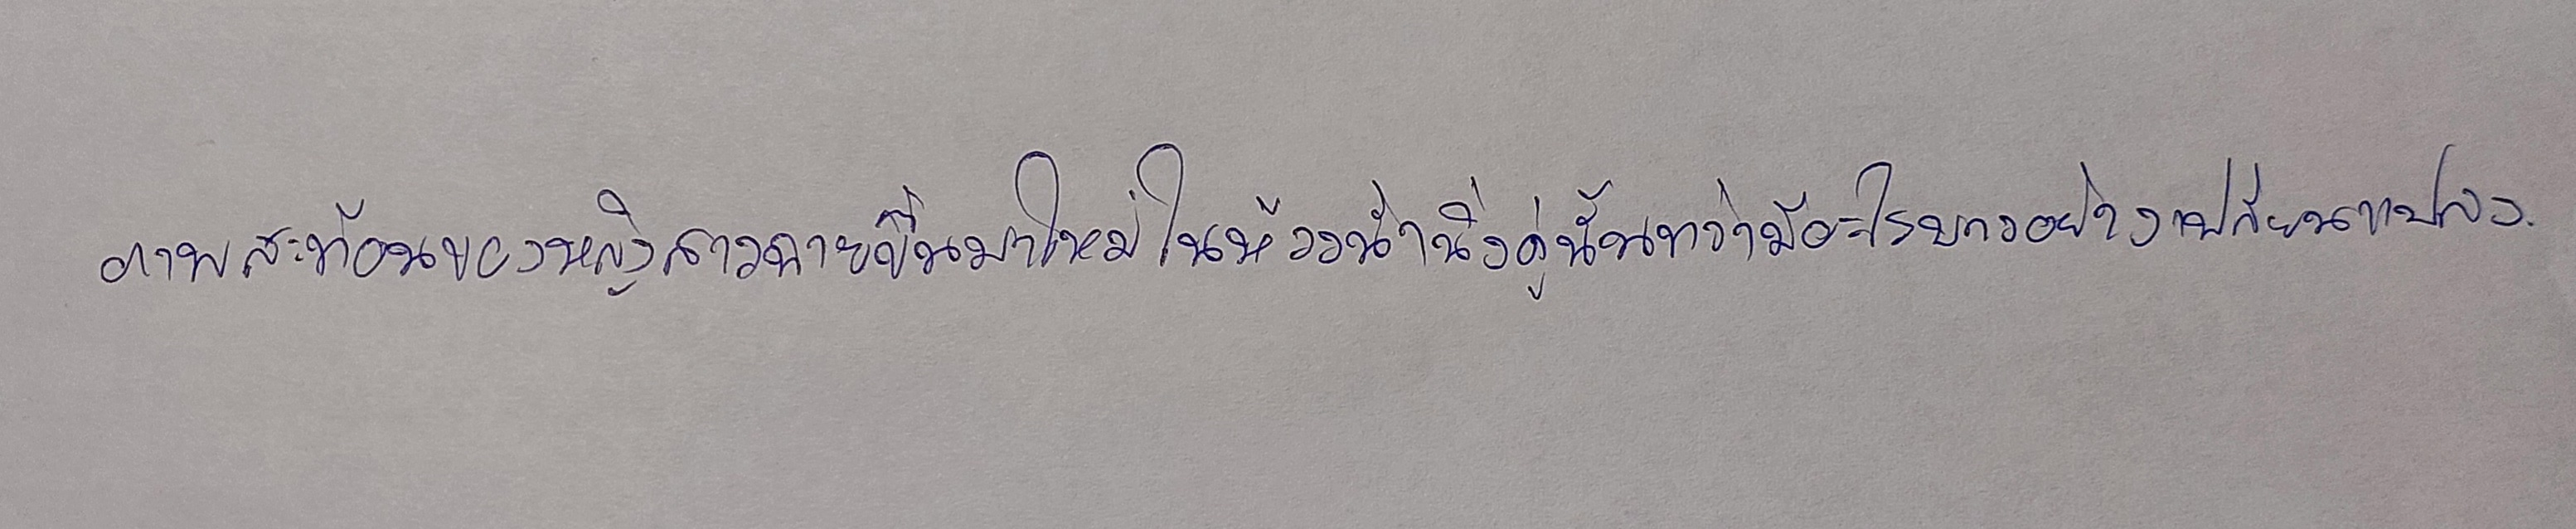
ภาพสะท้อนของหญิงสาวฉายขึ้นมาใหม่ในห้วงน้ำนิ่งคู่นั้นทว่ามีอะไรบางอย่างเปลี่ยนแปลง